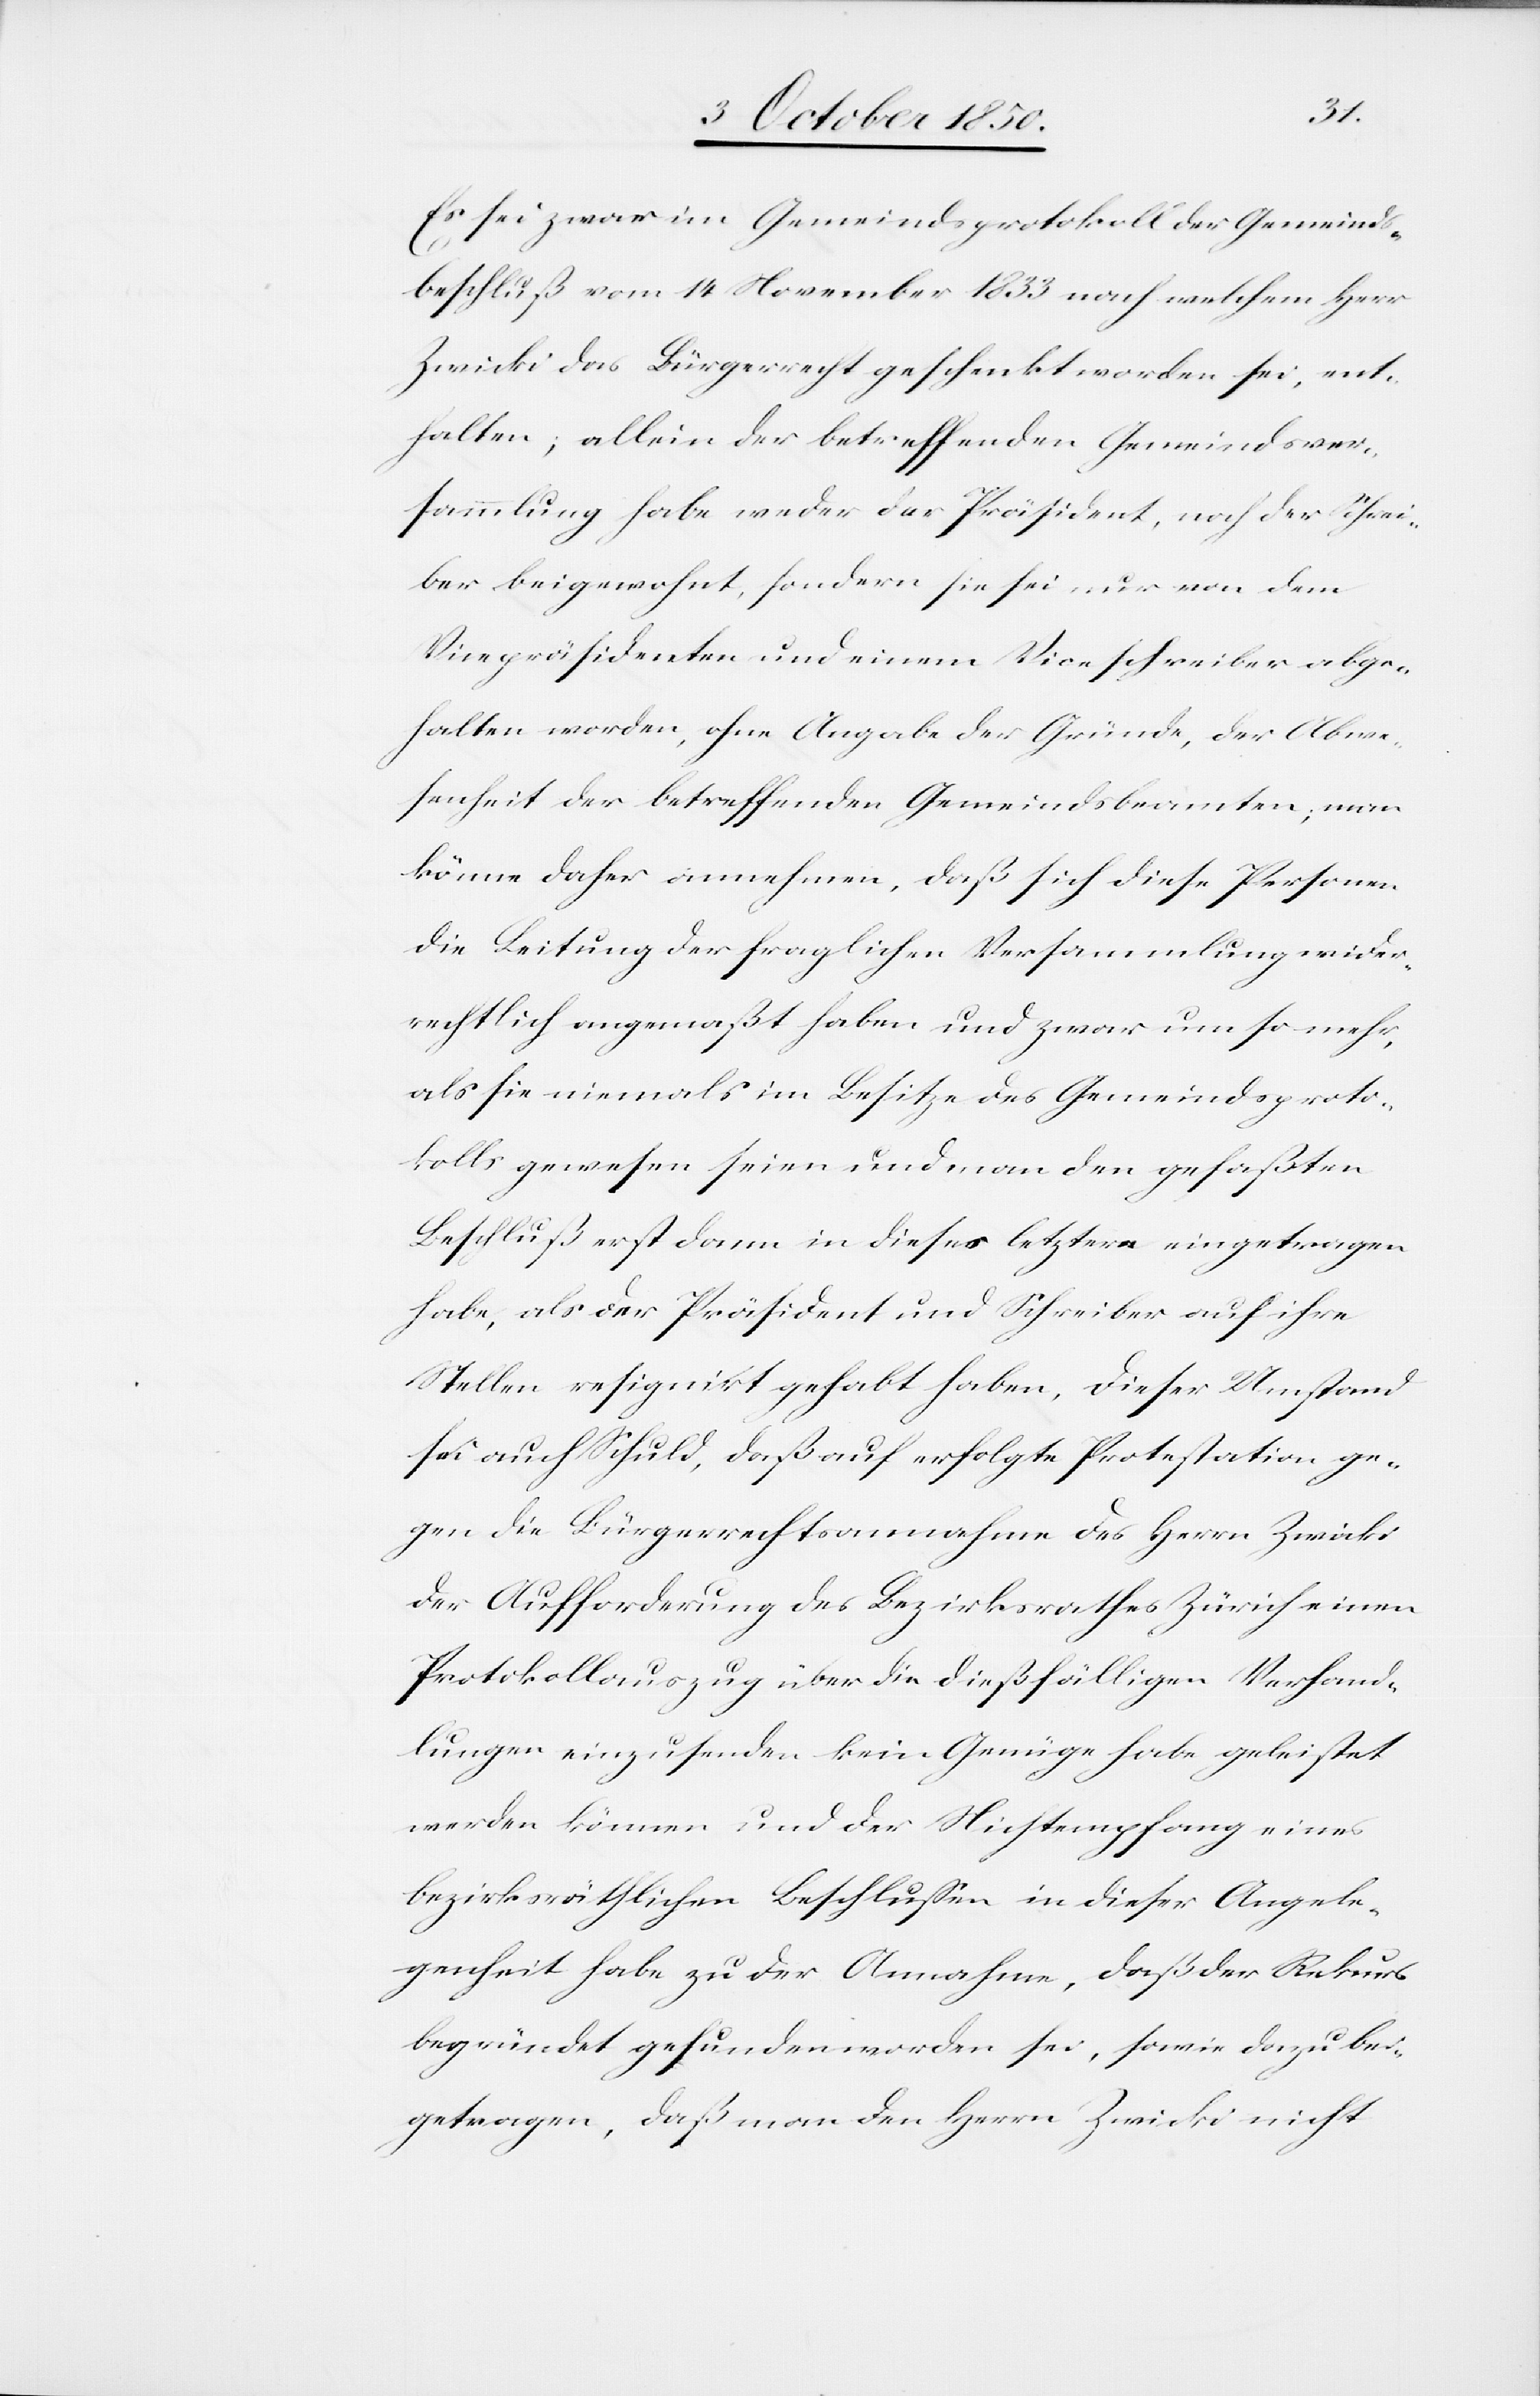
Es sei zwar im Gemeindsprotokoll der Gemeinds¬
beschluß vom 14 November 1833 nach welchem Herr
Zwicki das Bürgerrecht geschenkt worden sei, ent¬
halten; allein der betreffenden Gemeindsver¬
sammlung habe weder das Präsident, noch der Schrei¬
ber beigewohnt, sondern sie sei nur von dem
Vicepräsidenten und einem Viceschreiber abge¬
halten worden, ohne Angabe der Gründe, der Abwe¬
senheit der betreffenden Gemeindsbeamten; man
könne daher annehmen, daß sich diese Personen
die Leitung der fraglichen Versammlung wider¬
rechtlich angemaßt haben und zwar um so mehr,
als sie niemals im Besitze des Gemeindsproto¬
kolls gewesen seien und man den gefaßten
Beschluß erst dann in dieses letztere eingetragen
habe, als der Präsident und Schreiber auf ihre
Stellen resignirt gehabt haben, dieser Umstand
sei auch Schuld, daß auf erfolgte Protestation ge¬
gen die Bürgerrechtsannahme des Herrn Zwicki
der Aufforderung des Bezirksrathes Zürich einen
Protokollsauszug über die dießfälligen Verhand¬
lungen einzusenden kein Genüge habe geleistet
werden können und der Nichtempfang eines
bezirksräthlichen Beschlussen [sic!] in dieser Angele¬
genheit habe zu der Annahme, daß der Rekurs
begründet gefunden worden sei, sowie dazu bei¬
getragen, daß man den Herrn Zwicki nicht